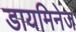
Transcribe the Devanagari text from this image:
डायमिनेज